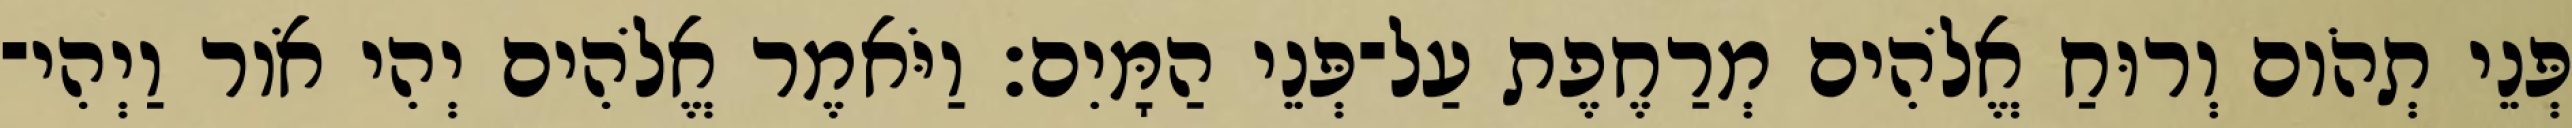
פְּנֵי תְהֹום וְרוּחַ אֱלֹהִים מְרַחֶפֶת עַל־פְּנֵי הַמָּיִם׃ וַיֹּאמֶר אֱלֹהִים יְהִי אֹור וַיְהִי־